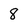
Character: 8